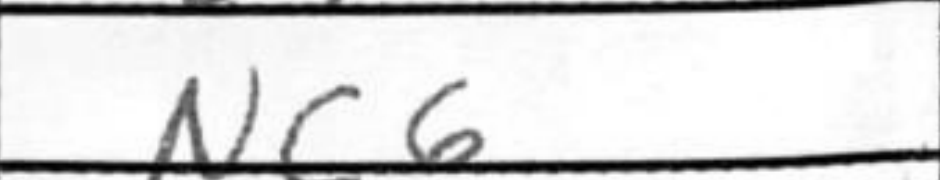
Transcription: Nc6